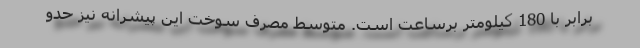
برابر با 180 کیلومتر برساعت است. متوسط مصرف سوخت این پیشرانه نیز حدو